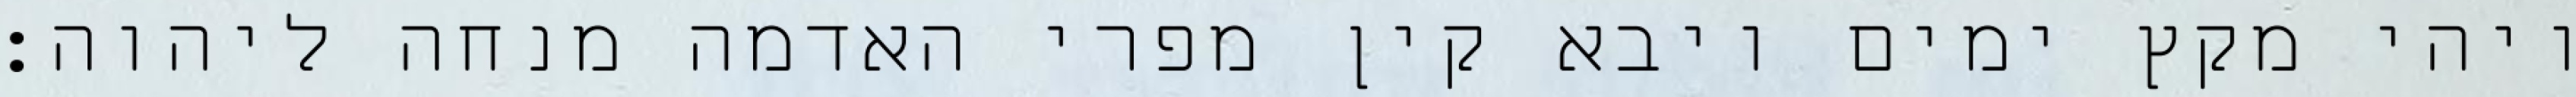
ויהי מקץ ימים ויבא קין מפרי האדמה מנחה ליהוה׃